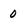
Character: 0